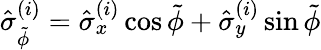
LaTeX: \hat{\sigma}_{\tilde{\phi}}^{(i)}=\hat{\sigma}_{x}^{(i)}\cos\tilde{\phi}+\hat{\sigma}_{y}^{(i)}\sin\tilde{\phi}